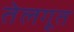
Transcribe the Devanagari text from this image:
तेलगूत